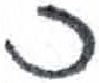
אות: כ